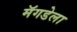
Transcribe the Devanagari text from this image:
मॅगडेला